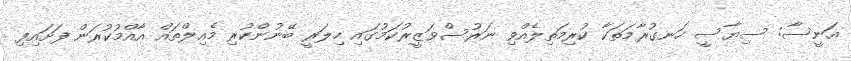
އަނީސާ: ސިޔާސީ ހަނގުރާމަތަކާ ކުރިމަތިލެއްވި ނަރުސްވަޒީރުކަމުގައި ހިލަރީ ބޭނުންކުރި މެއިލްތައް އާއްމުކުރަން ފަށައިފި